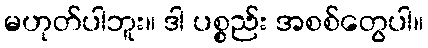
မဟုတ်ပါဘူး။ ဒါ ပစ္စည်း အစစ်တွေပါ။